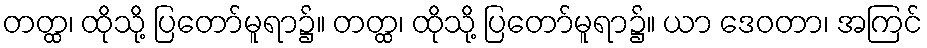
တတ္ထ၊ ထိုသို့ ပြတော်မူရာ၌။ တတ္ထ၊ ထိုသို့ ပြတော်မူရာ၌။ ယာ ဒေဝတာ၊ အကြင်